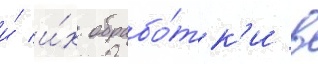
и́ и́х обрабо́тк'и в